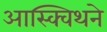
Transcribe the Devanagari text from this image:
आस्क्विथने